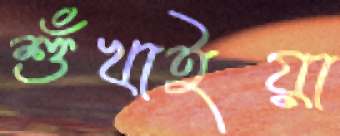
শুঁখাইয়া